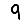
Digit: 9